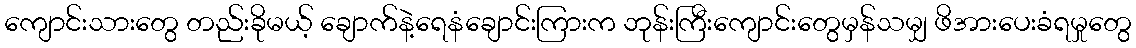
ကျောင်းသားတွေ တည်းခိုမယ့် ချောက်နဲ့ရေနံချောင်းကြားက ဘုန်းကြီးကျောင်းတွေမှန်သမျှ ဖိအားပေးခံရမှုတွေ